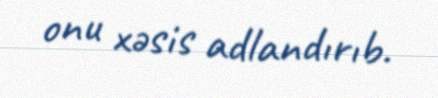
onu xəsis adlandırıb.